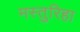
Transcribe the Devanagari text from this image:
मस्तुरिहा